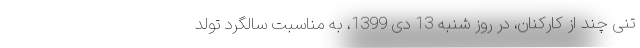
تنی چند از کارکنان، در روز شنبه 13 دی‌ 1399، به مناسبت سالگرد تولد